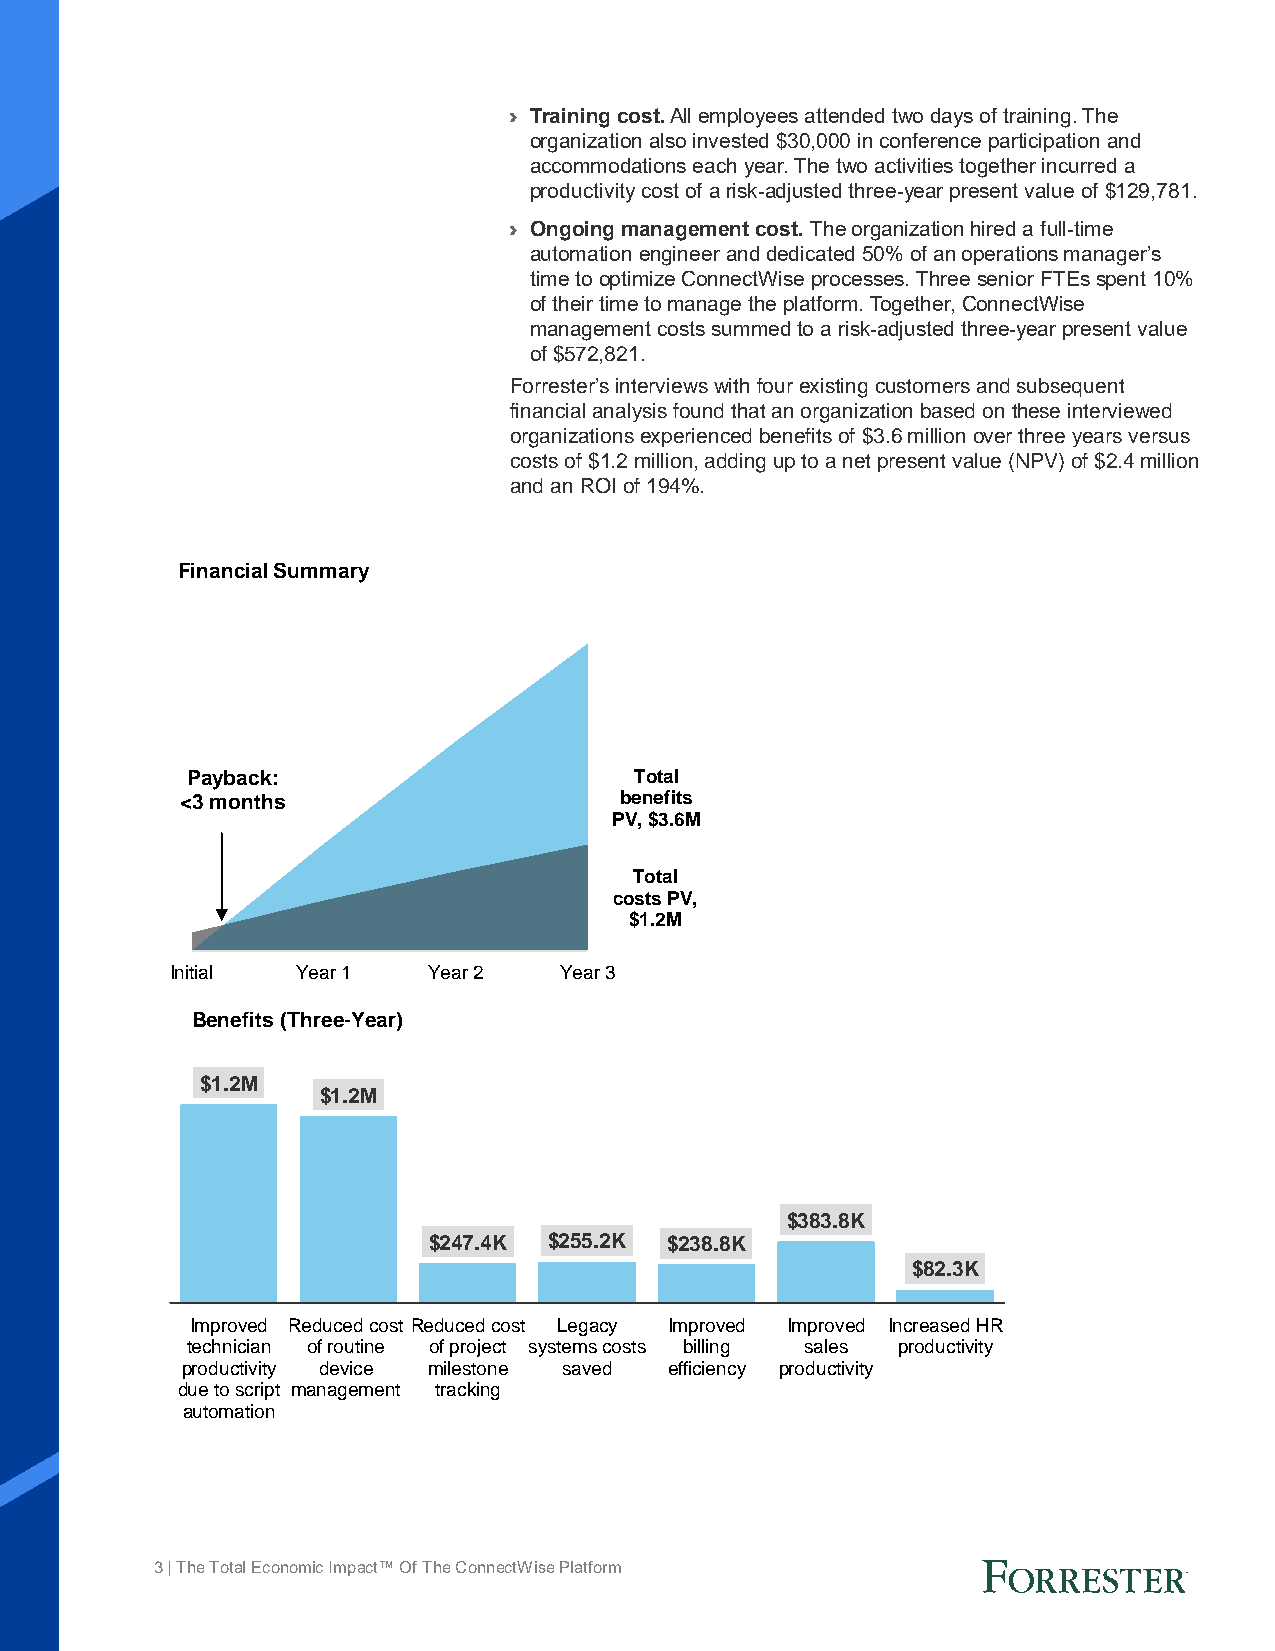
› Training cost. All employees attended two days of training. The
 organization also invested $30,000 in conference participation and
 accommodations each year. The two activities together incurred a
 productivity cost of a risk-adjusted three-year present value of $129,781.
 › Ongoing management cost. The organization hired a full-time
 automation engineer and dedicated 50% of an operations manager’s
 time to optimize ConnectWise processes. Three senior FTEs spent 10%
 of their time to manage the platform. Together, ConnectWise
 management costs summed to a risk-adjusted three-year present value
 of $572,821.
 Forrester’s interviews with four existing customers and subsequent
 financial analysis found that an organization based on these interviewed
 organizations experienced benefits of $3.6 million over three years versus
 costs of $1.2 million, adding up to a net present value (NPV) of $2.4 million
 and an ROI of 194%.
 Financial Summary
 Payback:                      Total
 <3 months                    benefits
 PV, $3.6M
 Total
 costs PV,
 $1.2M
 Initial  Year 1  Year 2   Year 3
 Benefits (Three-Year)
 $1.2M
 $1.2M
 $383.8K
 $247.4K $255.2K $238.8K
 $82.3K
 Improved Reduced cost Reduced cost Legacy Improved Improved Increased HR
 technician of routine of project systems costs billing sales productivity
 productivity device milestone saved efficiency productivity
 due to script management tracking
 automation
 3 | The Total Economic Impact™ Of The ConnectWise Platform